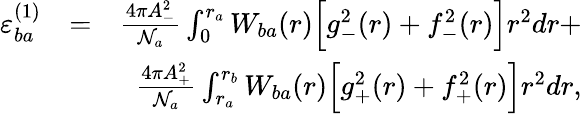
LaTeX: \begin{array}{rlr}{\varepsilon_{ba}^{(1)}}&{=}&{\frac{4\pi A_{-}^{2}}{\mathcal{N}_{a}}\int_{0}^{r_{a}}W_{ba}(r)\Big[g_{-}^{2}(r)+f_{-}^{2}(r)\Big]r^{2}dr+}\\ &{}&{\frac{4\pi A_{+}^{2}}{\mathcal{N}_{a}}\int_{r_{a}}^{r_{b}}W_{ba}(r)\Big[g_{+}^{2}(r)+f_{+}^{2}(r)\Big]r^{2}dr,}\end{array}